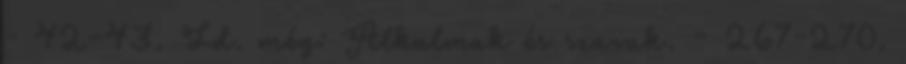
- 42-43. Ld. még: Alkalmak és szavak. – 267-270.